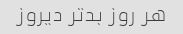
هر روز بد‌تر دیروز